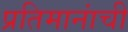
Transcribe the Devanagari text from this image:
प्रतिमानांची